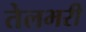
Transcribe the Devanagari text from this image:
तेलभरी